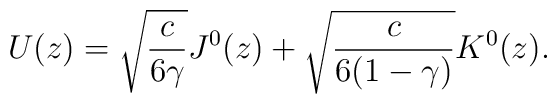
U(z)= \sqrt{\frac{c}{6\gamma}}J^0(z)+\sqrt{\frac{c}{6(1-\gamma)}}K^0(z).